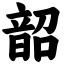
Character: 韶